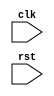
module reset_logic (
    input wire clk,
    input wire rst,
    // other inputs and outputs
);

always @ (posedge rst)
begin
    // Reset logic here
    // Example: reset all registers to 0
    reg1 <= 0;
    reg2 <= 0;
    // Add more reset logic as needed
end

// Other logic in the design

endmodule